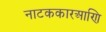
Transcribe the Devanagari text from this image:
नाटककारआणि